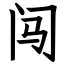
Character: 闯